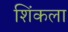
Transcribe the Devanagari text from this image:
शिंकला